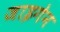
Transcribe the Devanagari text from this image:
जाइगेन